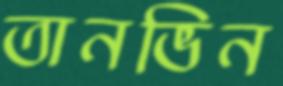
তানভিন